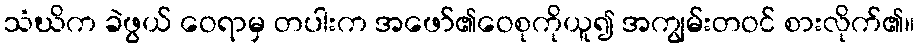
သံဃိက ခဲဖွယ် ဝေရာမှ တပါးက အဖော်၏ဝေစုကိုယူ၍ အကျွမ်းတဝင် စားလိုက်၏။